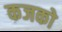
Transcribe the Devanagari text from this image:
कजको